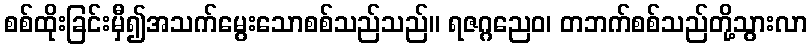
စစ်ထိုးခြင်းမှီ၍အသက်မွေးသောစစ်သည်သည်။ ရဇဂ္ဂညေဝ၊ တဘက်စစ်သည်တို့သွားလာ